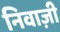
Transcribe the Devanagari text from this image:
निवाज़ी